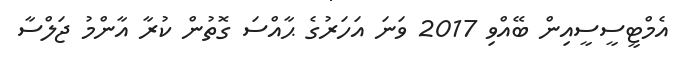
އެމްޓީސީސީއިން ބޭއްވި 2017 ވަނަ އަހަރުގެ ޙާއްސަ ގޮތުން ކުރާ އާންމު ޖަލްސާ